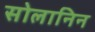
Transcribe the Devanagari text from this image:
सोलानिन